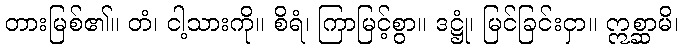
တားမြစ်၏။ တံ၊ ငါ့သားကို။ စိရံ၊ ကြာမြင့်စွာ။ ဒဋ္ဌုံ၊ မြင်ခြင်းငှာ။ ဣစ္ဆာမိ၊